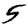
Digit: 5